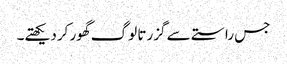
جس راستے سے گزرتا لوگ گھور کردیکھتے۔